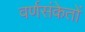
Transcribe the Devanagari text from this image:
वर्णसंकेतों